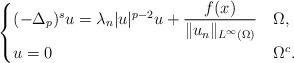
LaTeX: \begin{align*}\begin{cases}(-\Delta_p)^s u=\lambda_n |u|^{p-2}u + \dfrac{f(x)}{\|u_n\|_{\scriptstyle L^{\infty}(\Omega)}} &\Omega,\\u=0 &\Omega^c.\end{cases}\end{align*}